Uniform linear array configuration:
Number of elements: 16
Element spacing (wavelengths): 0.75
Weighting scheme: cosine
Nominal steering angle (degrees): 60
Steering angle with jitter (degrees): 60.727
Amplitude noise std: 0.05
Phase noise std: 0.05

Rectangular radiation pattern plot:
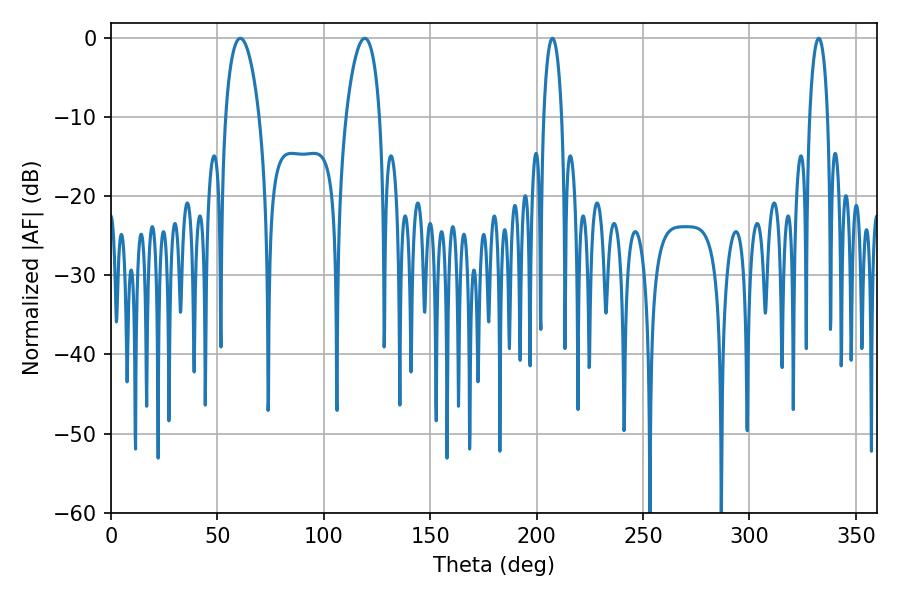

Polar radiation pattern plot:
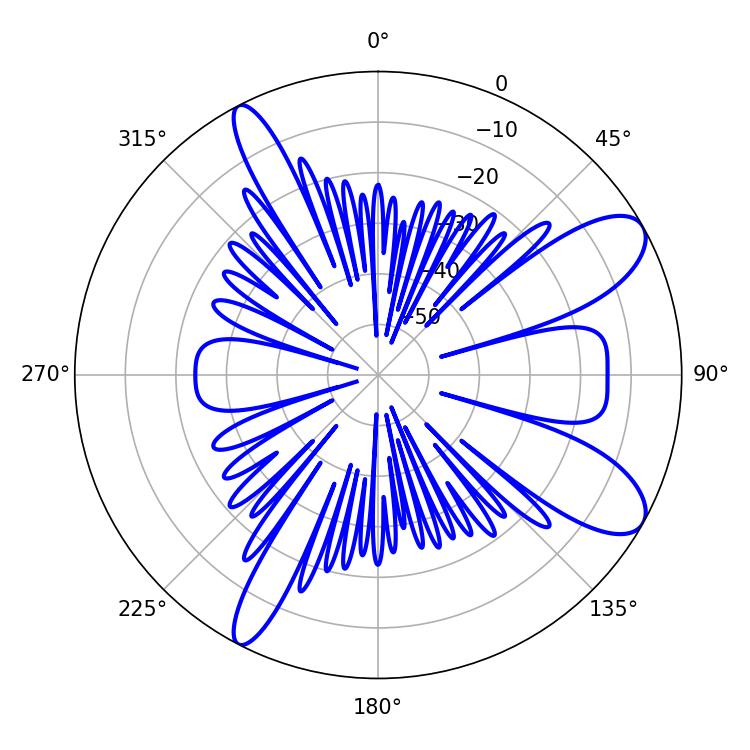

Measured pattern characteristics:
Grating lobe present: TRUE
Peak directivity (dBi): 9.62
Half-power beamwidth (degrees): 9
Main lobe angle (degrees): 60.84